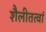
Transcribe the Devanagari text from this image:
शैलीतत्वां